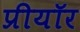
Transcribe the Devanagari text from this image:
प्रीयॉर